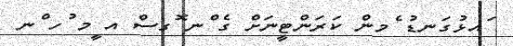
ައޅުގަނޑު ެމން ކަރަންޓީނަށް ގެ ްނ ޮގސްެ އ ީމ ުހ ްނ